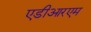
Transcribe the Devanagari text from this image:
एडीआरएम